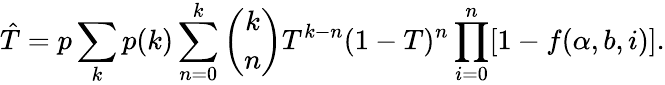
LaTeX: \hat{T}=p\sum_{k}p(k)\sum_{n=0}^{k}\binom{k}{n}T^{k-n}(1-T)^{n}\prod_{i=0}^{n}[1-f(\alpha,b,i)].